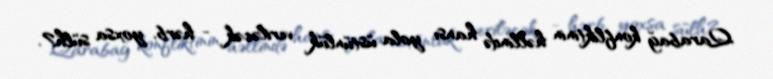
Qarabağ konfliktinin həllində hansı yola üstünlük veriləcək - hərb, yoxsa sülh?.